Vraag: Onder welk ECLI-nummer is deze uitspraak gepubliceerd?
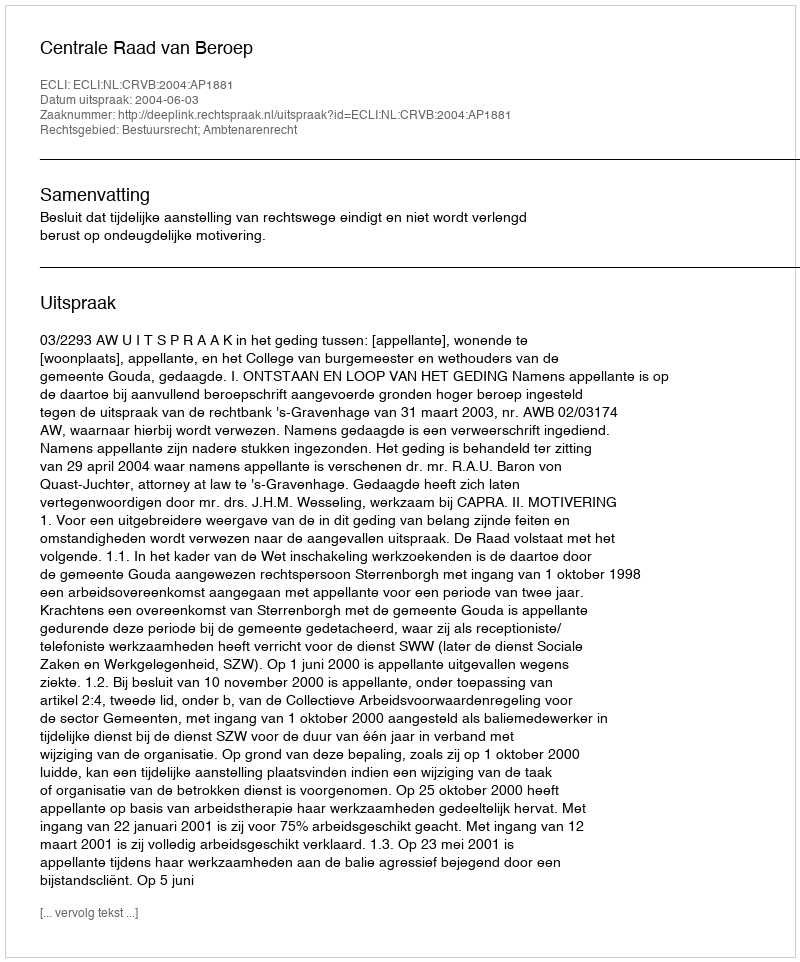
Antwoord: ECLI:NL:CRVB:2004:AP1881